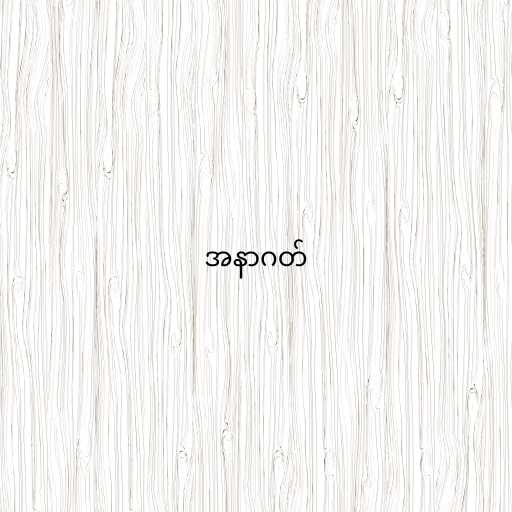
အနာဂတ်